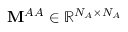
\mathbf { M } ^ { A A } \in \mathbb { R } ^ { N _ { A } \times N _ { A } }